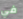
في